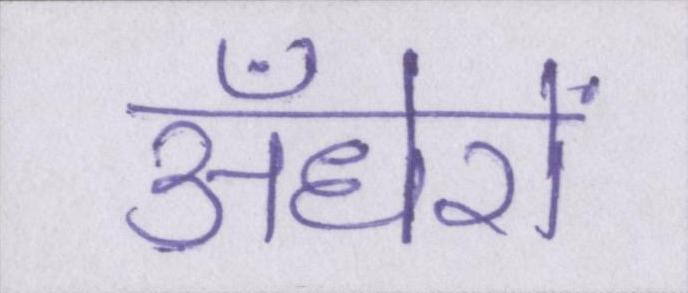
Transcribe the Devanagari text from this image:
अँधेरों